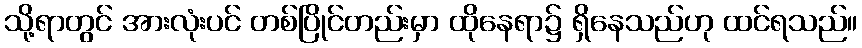
သို့ရာတွင် အားလုံးပင် တစ်ပြိုင်တည်းမှာ ထိုနေရာ၌ ရှိနေသည်ဟု ထင်ရသည်။